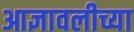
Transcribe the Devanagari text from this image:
आज्ञावलीच्या